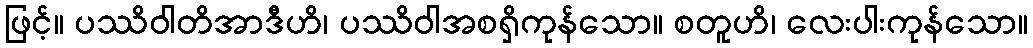
ဖြင့်။ ပဿိဝါတိအာဒီဟိ၊ ပဿိဝါအစရှိကုန်သော။ စတူဟိ၊ လေးပါးကုန်သော။